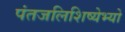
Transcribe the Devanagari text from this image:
पंतजलिशिष्येभ्यो